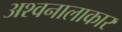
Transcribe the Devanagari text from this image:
अश्वनालाकार